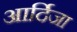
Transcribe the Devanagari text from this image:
आर्दिजा